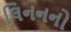
લિનનનો